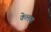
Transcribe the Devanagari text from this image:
केलण